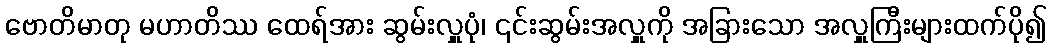
ဗောတိမာတု မဟာတိဿ ထေရ်အား ဆွမ်းလှူပုံ၊ ၎င်းဆွမ်းအလှူကို အခြားသော အလှူကြီးများထက်ပို၍